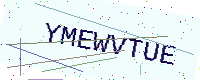
Text: YMEWVTUE